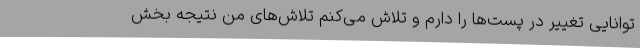
توانایی تغییر در پست‌ها را دارم‌ و تلاش می‌کنم تلاش‌های من نتیجه بخش